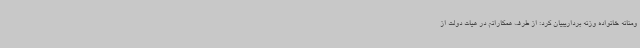
ومنانه خانواده وزنه برداریبیان کرد: از طرف همکارانم در هیات دولت از